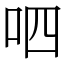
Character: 呬